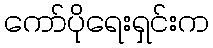
ကော်ပိုရေးရှင်းက